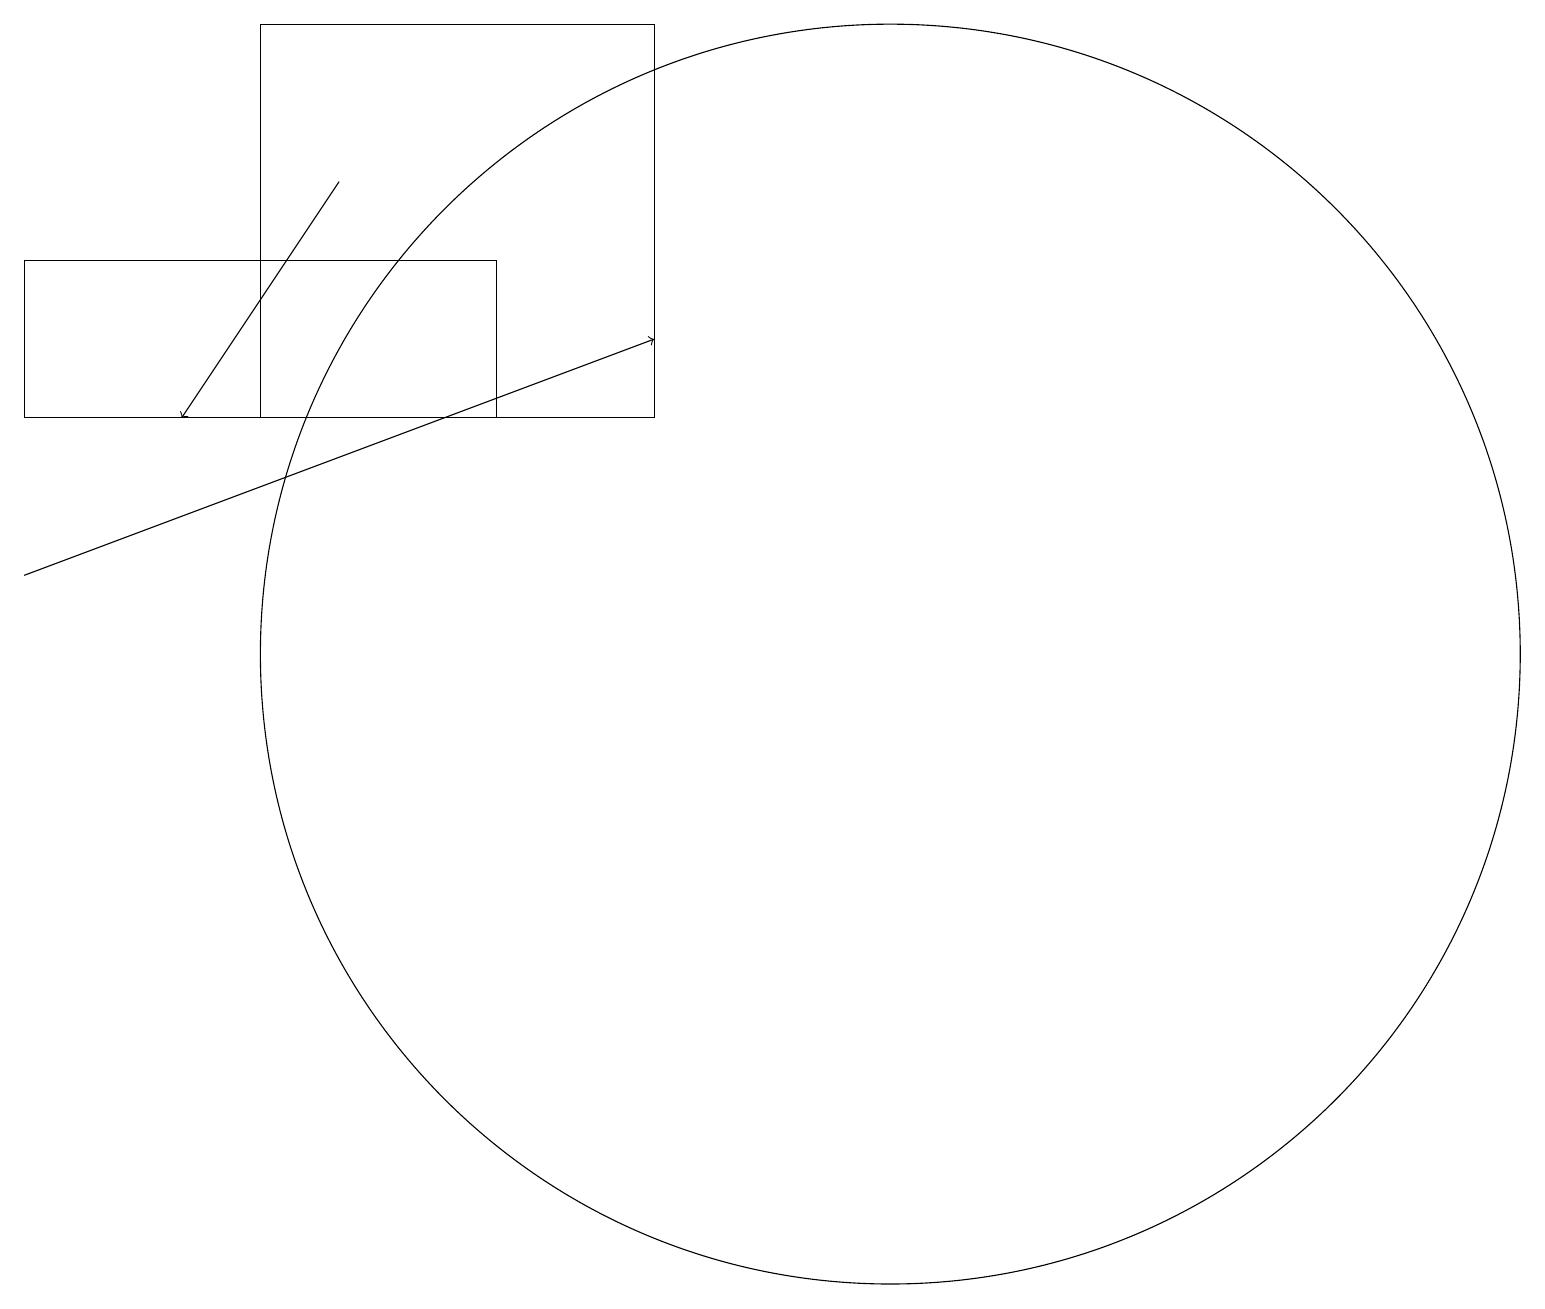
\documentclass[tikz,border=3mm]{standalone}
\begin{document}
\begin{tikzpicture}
\draw[->] (0,11) -- (8,14);
\draw (3,13) rectangle (8,18);
\draw[->] (4,16) -- (2,13);
\draw (6,15) rectangle (0,13);
\draw (11,10) circle (8);
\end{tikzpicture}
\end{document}